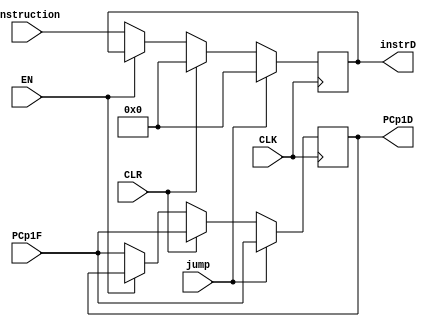
module pipe_ID(

    input CLK,EN,CLR,jump,
    input [31:0] PCp1F,
    input [31:0] instruction,
    output reg [31:0] instrD,
    output reg [31:0] PCp1D
    
    );
    
    
    always @( posedge CLK) begin
    
    if (!EN) begin
    instrD <= instruction;
    PCp1D <= PCp1F;
    end
    
    if(CLR) begin     // needs work
    instrD <= 0;
    PCp1D <= PCp1F;
    end
    
    
    if( jump) begin     // needs work
    instrD <= 0;
    PCp1D <= PCp1F;
    end
    
    
    
    
    end
    
//    always @(negedge CLK) begin
//      if (!EN) begin
//    instrD <= instruction;
//    PCp1D <= PCp1F;
//    end
    
//    if(CLR) begin     // needs work
//    instrD <= 0;
//    PCp1D <= PCp1F;
//    end
    
//    end
    
    
    
    
    
endmodule